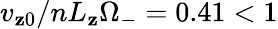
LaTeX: v_{\mathbf{z}0}/nL_{\mathbf{z}}\Omega_{-}=0.41<1